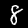
Digit: 8